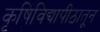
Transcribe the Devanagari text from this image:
कृषिविद्यापीठातून